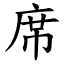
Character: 席